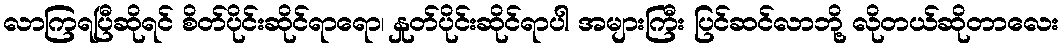
လာကြရပြီဆိုရင် စိတ်ပိုင်းဆိုင်ရာရော၊ နှုတ်ပိုင်းဆိုင်ရာပါ အများကြီး ပြင်ဆင်လာဘို့ လိုတယ်ဆိုတာလေး